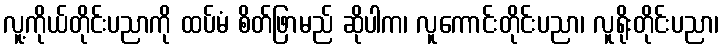
လူ့ကိုယ်တိုင်းပညာကို ထပ်မံ စိတ်ဖြာမည် ဆိုပါက၊ လူကောင်းတိုင်းပညာ၊ လူရိုးတိုင်းပညာ၊